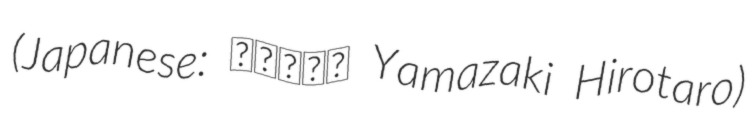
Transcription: (Japanese: 山崎広太郎 Yamazaki Hirotaro)